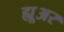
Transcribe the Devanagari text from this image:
ह्यू्अर